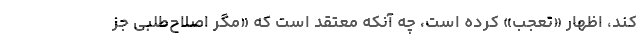
کند، اظهار «تعجب» کرده است، چه آنکه معتقد است که «مگر اصلاح‌طلبی جز